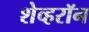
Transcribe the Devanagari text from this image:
शेव्हरॉन